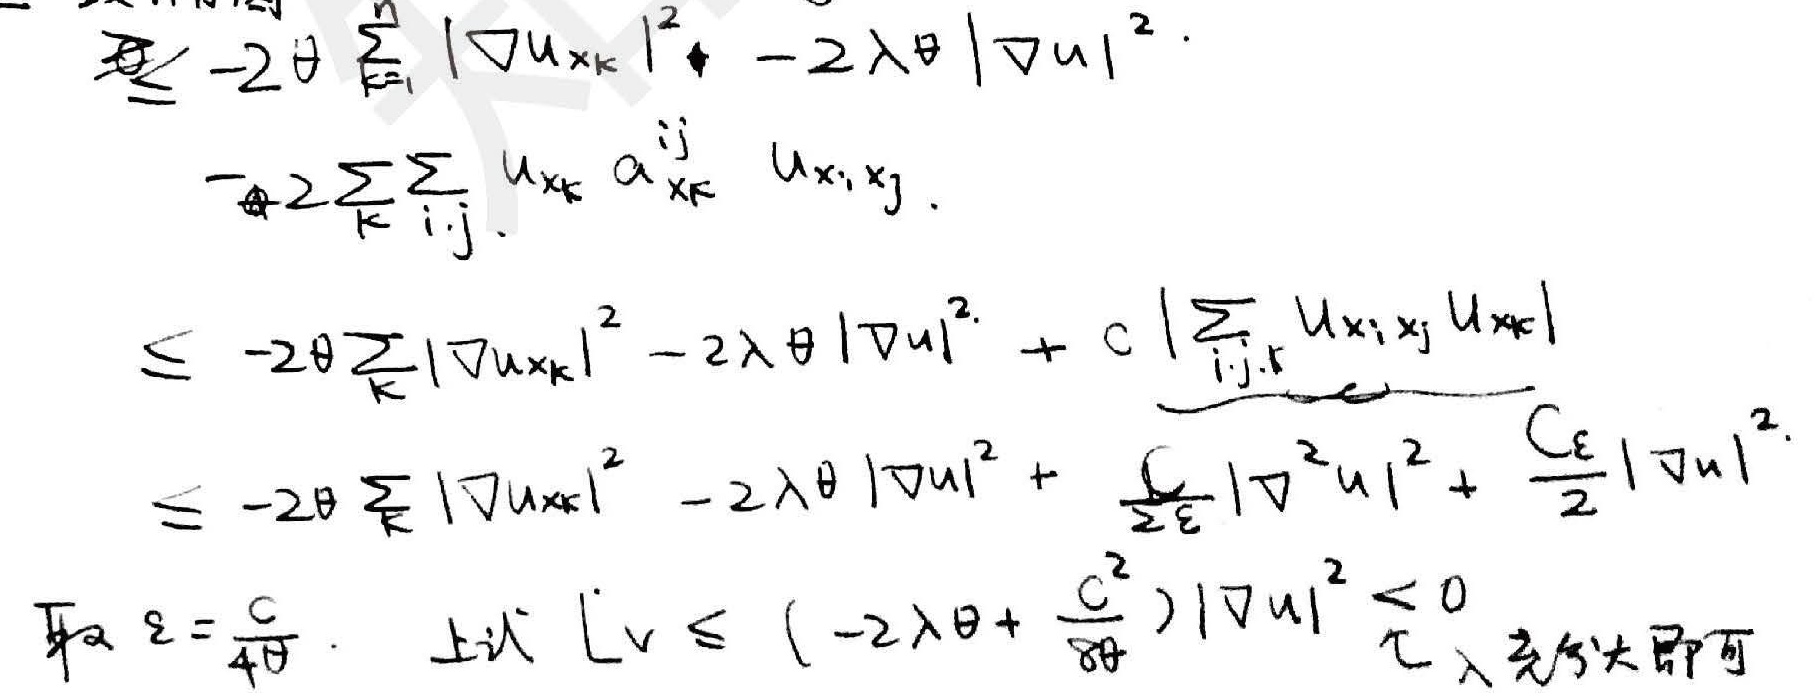
\[
\begin{align*}
&\leq - 2\theta\sum_{k = 1}^{n}|\nabla u_{x_{k}}|^{2}-2\lambda\theta|\nabla u|^{2}-2\sum_{k}\sum_{i,j}u_{x_{k}}a_{x_{k}}^{ij}u_{x_{i}x_{j}}\\
&\leq - 2\theta\sum_{k}|\nabla u_{x_{k}}|^{2}-2\lambda\theta|\nabla u|^{2}+c\left|\sum_{i,j,r}u_{x_{i}x_{j}}u_{x_{r}}\right|\\
&\leq - 2\theta\sum_{k}|\nabla u_{x_{k}}|^{2}-2\lambda\theta|\nabla u|^{2}+\frac{c}{\varepsilon}|\nabla^{2}u|^{2}+\frac{c\varepsilon}{2}|\nabla u|^{2}\\
\end{align*}
\]
取\(\varepsilon=\frac{c}{4\theta}\)，上述\(Lv\leq\left(-2\lambda\theta+\frac{c^{2}}{8\theta}\right)|\nabla u|^{2}<0\)（\(\lambda\)充分大即可）